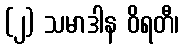
(၂) သမာဒါန ဝိရတီ၊